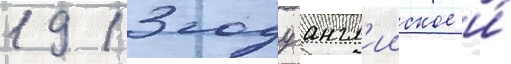
1913 году англ'ииское и́